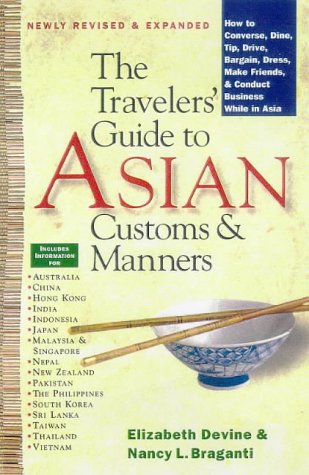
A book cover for The Traveler's Guide to Asian Customs and Manners: How to Converse, Dine, Tip, Drive, Bargain, Dress, Make Friends, and Conduct Business While Asia; Elizabeth Devine; Travel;